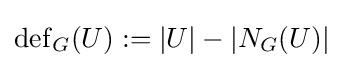
\mathrm {def} _{G}(U):=|U|-|N_{G}(U)|